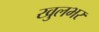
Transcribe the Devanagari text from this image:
खुलभर